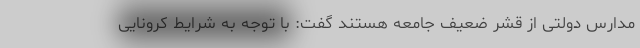
مدارس دولتی از قشر ضعیف جامعه هستند گفت: با توجه به شرایط کرونایی